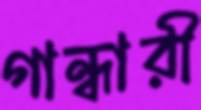
গান্ধারী